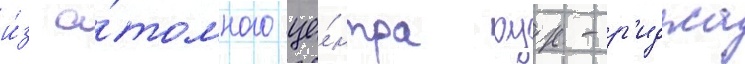
и́з а́томного це́нтра оук-р'иджа